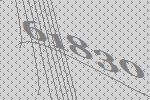
61830